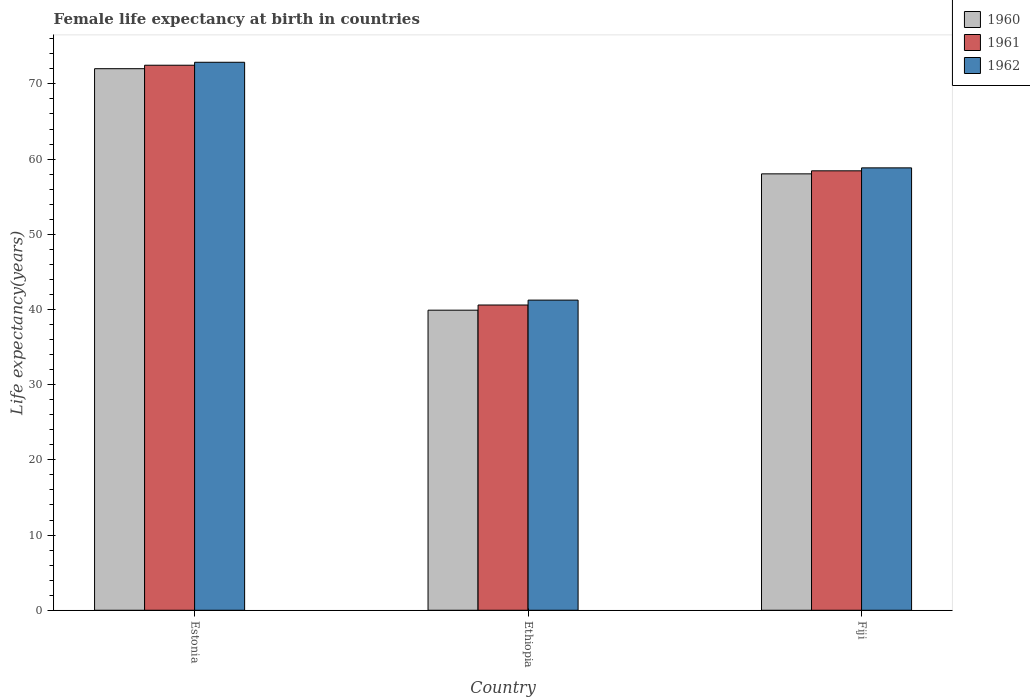
| Country | 1960 | 1961 | 1962 |
 | --- | --- | --- | --- |
 | Estonia | 72 | 72.5 | 72.9 |
 | Ethiopia | 39.9 | 40.6 | 41.2 |
 | Fiji | 58 | 58.4 | 58.8 |